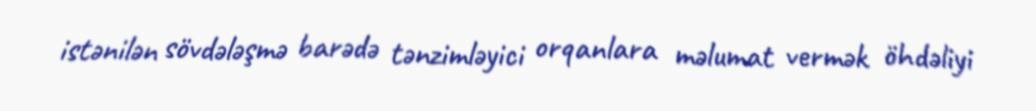
istənilən sövdələşmə barədə tənzimləyici orqanlara məlumat vermək öhdəliyi